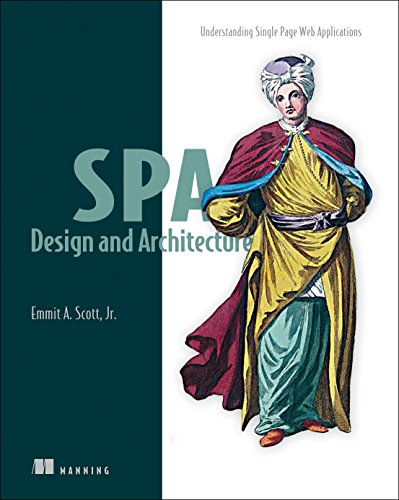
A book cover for SPA Design and Architecture: Understanding Single Page Web Applications; Emmit Scott; Computers & Technology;